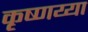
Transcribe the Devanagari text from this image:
कृष्णय्या